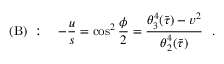
( \mathrm { B } ) ~ : \ \ \ - { \frac { u } { s } } = \cos ^ { 2 } { \frac { \phi } { 2 } } = { \frac { \theta _ { 3 } ^ { 4 } ( \bar { \tau } ) - v ^ { 2 } } { \theta _ { 2 } ^ { 4 } ( \bar { \tau } ) } } \ \ .